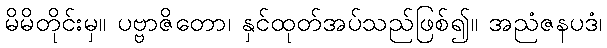
မိမိတိုင်းမှ။ ပဗ္ဗာဇိတော၊ နှင်ထုတ်အပ်သည်ဖြစ်၍။ အညံဇနပဒံ၊